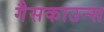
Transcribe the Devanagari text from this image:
गैसकाउन्स